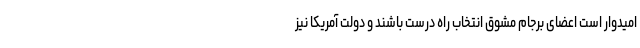
امیدوار است اعضای برجام مشوق انتخاب راه درست باشند و دولت آمریکا نیز